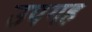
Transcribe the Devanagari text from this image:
उपगह